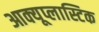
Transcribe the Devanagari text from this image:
आक्यूप्लास्टिक